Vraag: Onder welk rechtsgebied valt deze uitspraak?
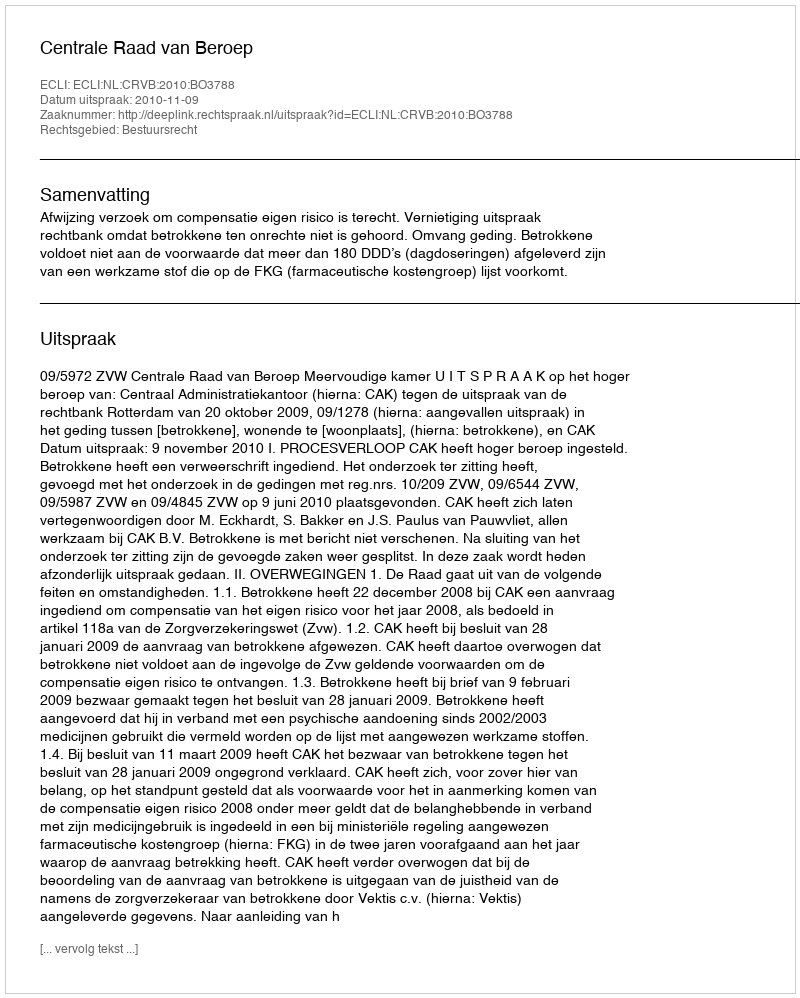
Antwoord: Bestuursrecht